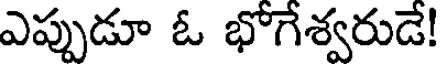
ఎప్పుడూ ఓ భోగేశ్వరుడే!